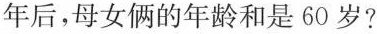
年后，母女俩的年龄和是60岁?